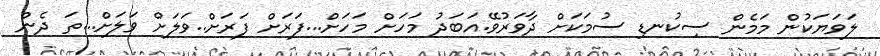
ލަވަޔަކުން މަމެން ސިކުނޑި ސުމަކަށް ދާވަރުވޭ.އަބަދު މަހަށް މަހަށް...ފަރަށް ފަރަށް..ވަލަށް ވަލަށް...ތަ ދެން